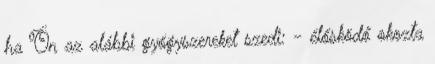
ha Ön az alábbi gyógyszereket szedi: - élősködő okozta